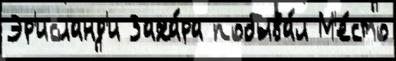
Эр'исланд'и Заха́ра побыва́л М'е́сто